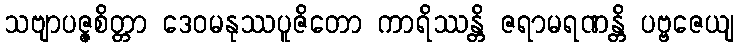
သဗျာပဇ္ဇစိတ္တာ ဒေဝမနုဿပူဇိတော ကာရိဿန္တိ ဇရာမရဏန္တိ ပဗ္ဗဇေယျ